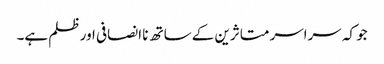
جو کہ سراسر متاثرین کے ساتھ نا انصافی اور ظلم ہے۔